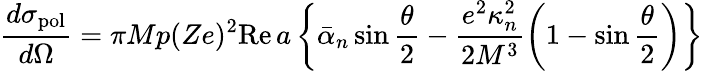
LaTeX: \frac{d\sigma_{\mathrm{pol}}}{d\Omega}=\pi Mp(Ze)^{2}\mathrm{Re}\, a\left\{ \bar{\alpha}_{n}\sin\frac{\theta}{2}-\frac{e^{2}\kappa_{n}^{2}}{2M^{3}}\left(1-\sin\frac{\theta}{2}\right)\right\}